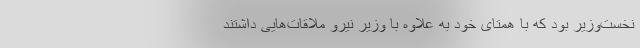
نخست‌وزیر بود که با همتای خود به علاوه با وزیر نیرو ملاقات‌هایی داشتند